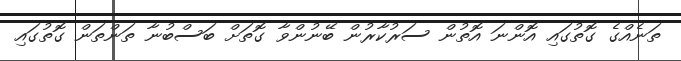
ތަނެއްގެ ގޮތުގައި އޮންނަ އޮތުން ސަރުކާރުން ބޭނުންވާ ގޮތަށް ބަސްބުނާ ތަންތަން ގޮތުގައި